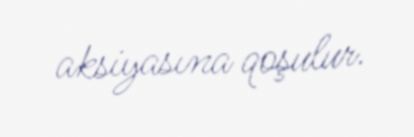
aksiyasına qoşulur.